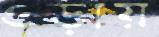
ওড়ায়